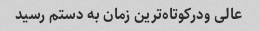
عالی ودرکوتاه‌ترین زمان به دستم رسید